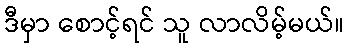
ဒီမှာ စောင့်ရင် သူ လာလိမ့်မယ်။